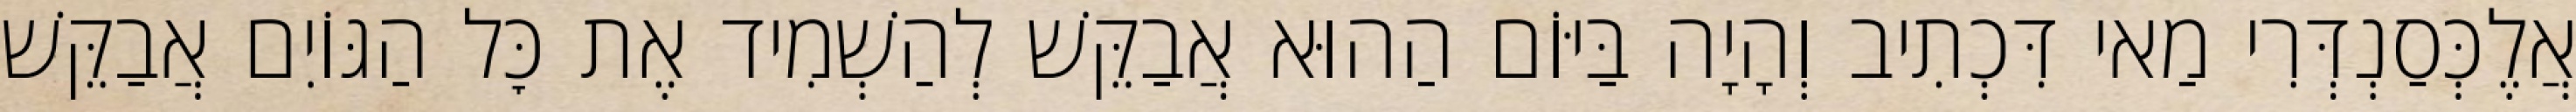
אֲלֶכְּסַנְדְּרִי מַאי דִּכְתִיב וְהָיָה בַּיּוֹם הַהוּא אֲבַקֵּשׁ לְהַשְׁמִיד אֶת כׇּל הַגּוֹיִם אֲבַקֵּשׁ